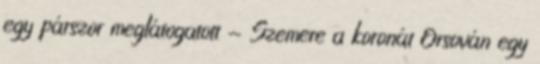
egy párszor meglátogatott - Szemere a koronát Orsován egy